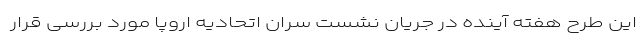
این طرح هفته آینده در جریان نشست سران اتحادیه اروپا مورد بررسی قرار